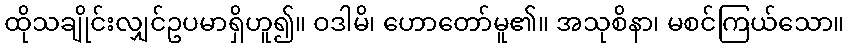
ထိုသချိုင်းလျှင်ဥပမာရှိဟူ၍။ ဝဒါမိ၊ ဟောတော်မူ၏။ အသုစိနာ၊ မစင်ကြယ်သော။